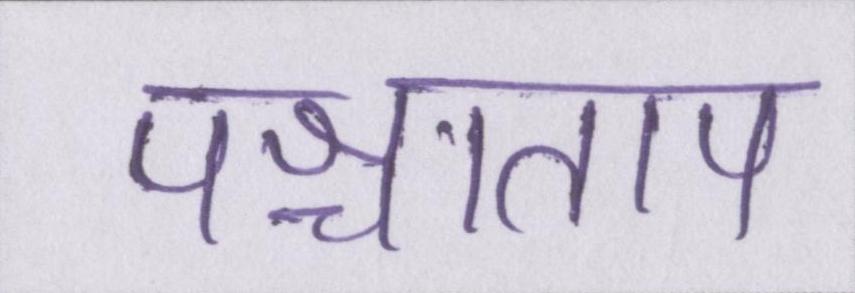
पश्चाताप